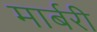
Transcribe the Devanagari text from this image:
मार्बरी